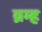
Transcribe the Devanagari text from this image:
व्रम्ह